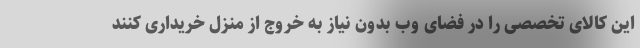
این کالای تخصصی را در فضای وب بدون نیاز به خروج از منزل خریداری کنند